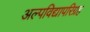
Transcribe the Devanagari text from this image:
अल्पविद्यापरिग्रह